Scottish Leaving Certificate Examination, 1954
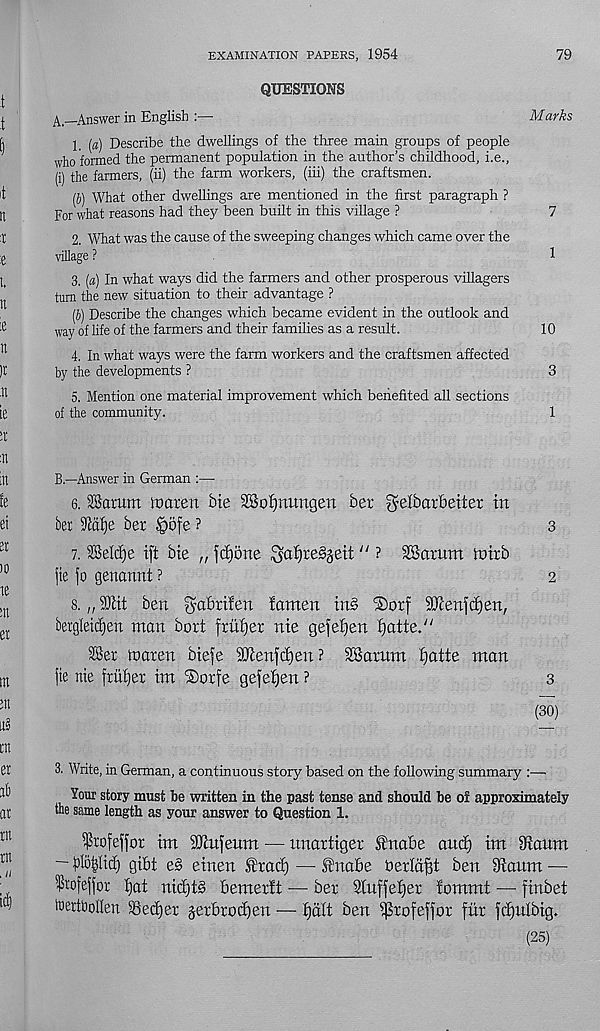
EXAMINATION PAPERS, 1954
79
QUESTIONS
A.—Answer in English :—
Marks
1. [a) Describe the dwellings of the three main groups of people
who formed the permanent population in the author’s childhood, i.e.,
(i) the fanners, (ii) the farm workers, (iii) the craftsmen.
(5) What other dwellings are mentioned in the first paragraph ?
For what reasons had the}! been built in this village ?
7
2. What was the cause of the sweeping changes which came over the
village ?
1
3. [a) In what ways did the farmers and other prosperous villagers
turn the new situation to their advantage ?
(J) Describe the changes which became evident in the outlook and
way of life of the farmers and their families as a result.
10
4. In what ways were the farm workers and the craftsmen affected
by the developments ?
3
5. Mention one material improvement which benefited all sections
of the community.
1
B.—Answer in German :—
6. Saturn toaren bie SSoIjrtungen bet gelbarbeiter in
bet
bet Jpofe ?
3
7. Seiche ift bie „ f(J)one $a£)te3gett “ ? SBatum toitb
fie jo genannt ?
2
8. „ s J3iit ben yyabtifen famen tn§ ®orf SSFcenfdjjen,
bergleidjen man bott fritter nte gefeijen iiatte."
Set maten btefe 9Jlenfc£)en ? SSatum ^atte man
jie nie frii^et im iSotfe gefe^en ?
3
(30)
3. Write, in German, a continuous story based on the following summary :—
Your story must be written in the past tense and should be of approximately
the same length as your answer to Question 1.
^rofefiot tm SQcufeum — unartiger fnabe and) tm 9!aum
- blotjlid) gibt e§ einen ftad) —fnabe herld^t ben Otattm —
$wfe{jor Ijat ntd)t§ bemerft ■— bet Stuffe'ljet iommt — finbet
toettoollen ^Bedjet jetbtodjen — f)dlt ben ^tofeffot fur fdjulbig.
(25)